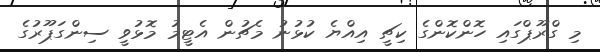
މި ގްރޫޕްގައި ހޮންކޮންގެ ކިޗީ އިއްޔެ ކުޅުނު މެޗުން އެޓީމު މޮޅުވީ ސިންގަޕޫރުގެ